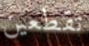
تقطعين